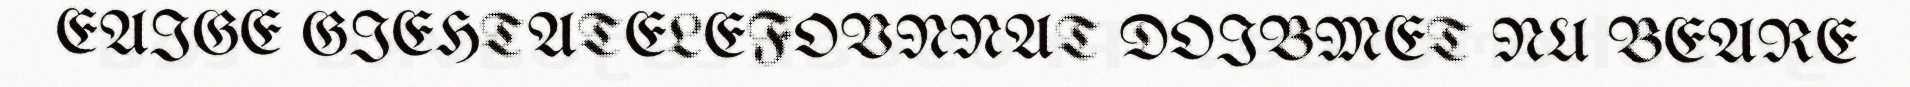
EAIGE GIEHTATELEFOVNNAT DOIBMET NU BEARE